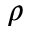
\rho